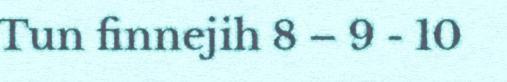
Tun finnejih 8 – 9 - 10